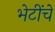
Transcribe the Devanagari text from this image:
भेटींचे